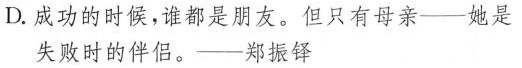
D.成功的时候，谁都是朋友。但只有母亲——她是失败时的伴侣。——郑振铎